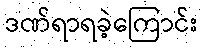
ဒဏ်ရာရခဲ့ကြောင်း